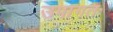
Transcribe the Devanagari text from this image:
उपागतः